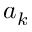
a _ { k }